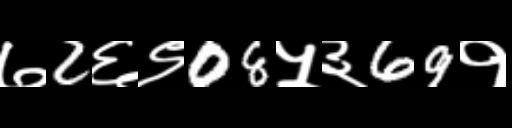
Text: ७2६९08५३69१